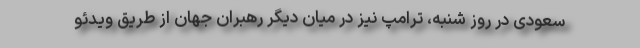
سعودی در روز شنبه، ترامپ نیز در میان دیگر رهبران جهان از طریق ویدئو